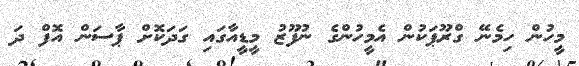
މީހުން ހިމެނޭ ގްރޫޕަކުން އެމީހުންގެ ނުފޫޒު މީޑީއާގައި ގަދަކޮށް ޕާސަން އޮފް ދަ